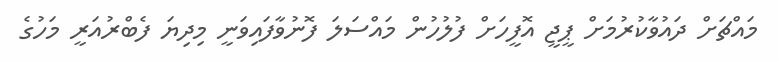
މައްޗަށް ދައުވާކުރުމަށް ޕީޖީ އޮފީހަށް ފުލުހުން މައްސަލަ ފޮނުވާފައިވަނީ މިދިޔަ ފެބްރުއަރީ މަހުގެ